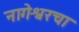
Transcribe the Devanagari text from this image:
नागेश्वरचा